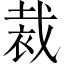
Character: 裁